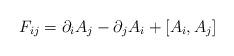
LaTeX: \begin{align*}F_{ij} = \partial_i A_j - \partial_j A_i + [A_i, A_j]\end{align*}